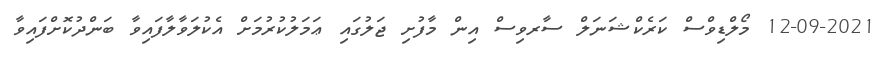
12-09-2021 މޯލްޑިވްސް ކަރެކްޝަނަލް ސާރވިސް އިން މާފުށި ޖަލުގައި ޢަމަލުކުރުމަށް އެކުލަވާލާފައިވާ ބަންދުކޮށްފައިވާ